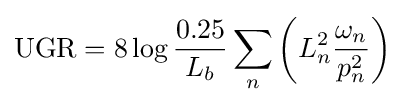
\mathrm {UGR} =8\log {\frac {0.25}{L_{b}}}\sum _{n}\left(L_{n}^{2}{\frac {\omega _{n}}{p_{n}^{2}}}\right)